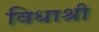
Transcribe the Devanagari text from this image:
विधाश्री